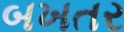
બખતર